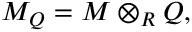
M _ { Q } = M \otimes _ { R } Q ,